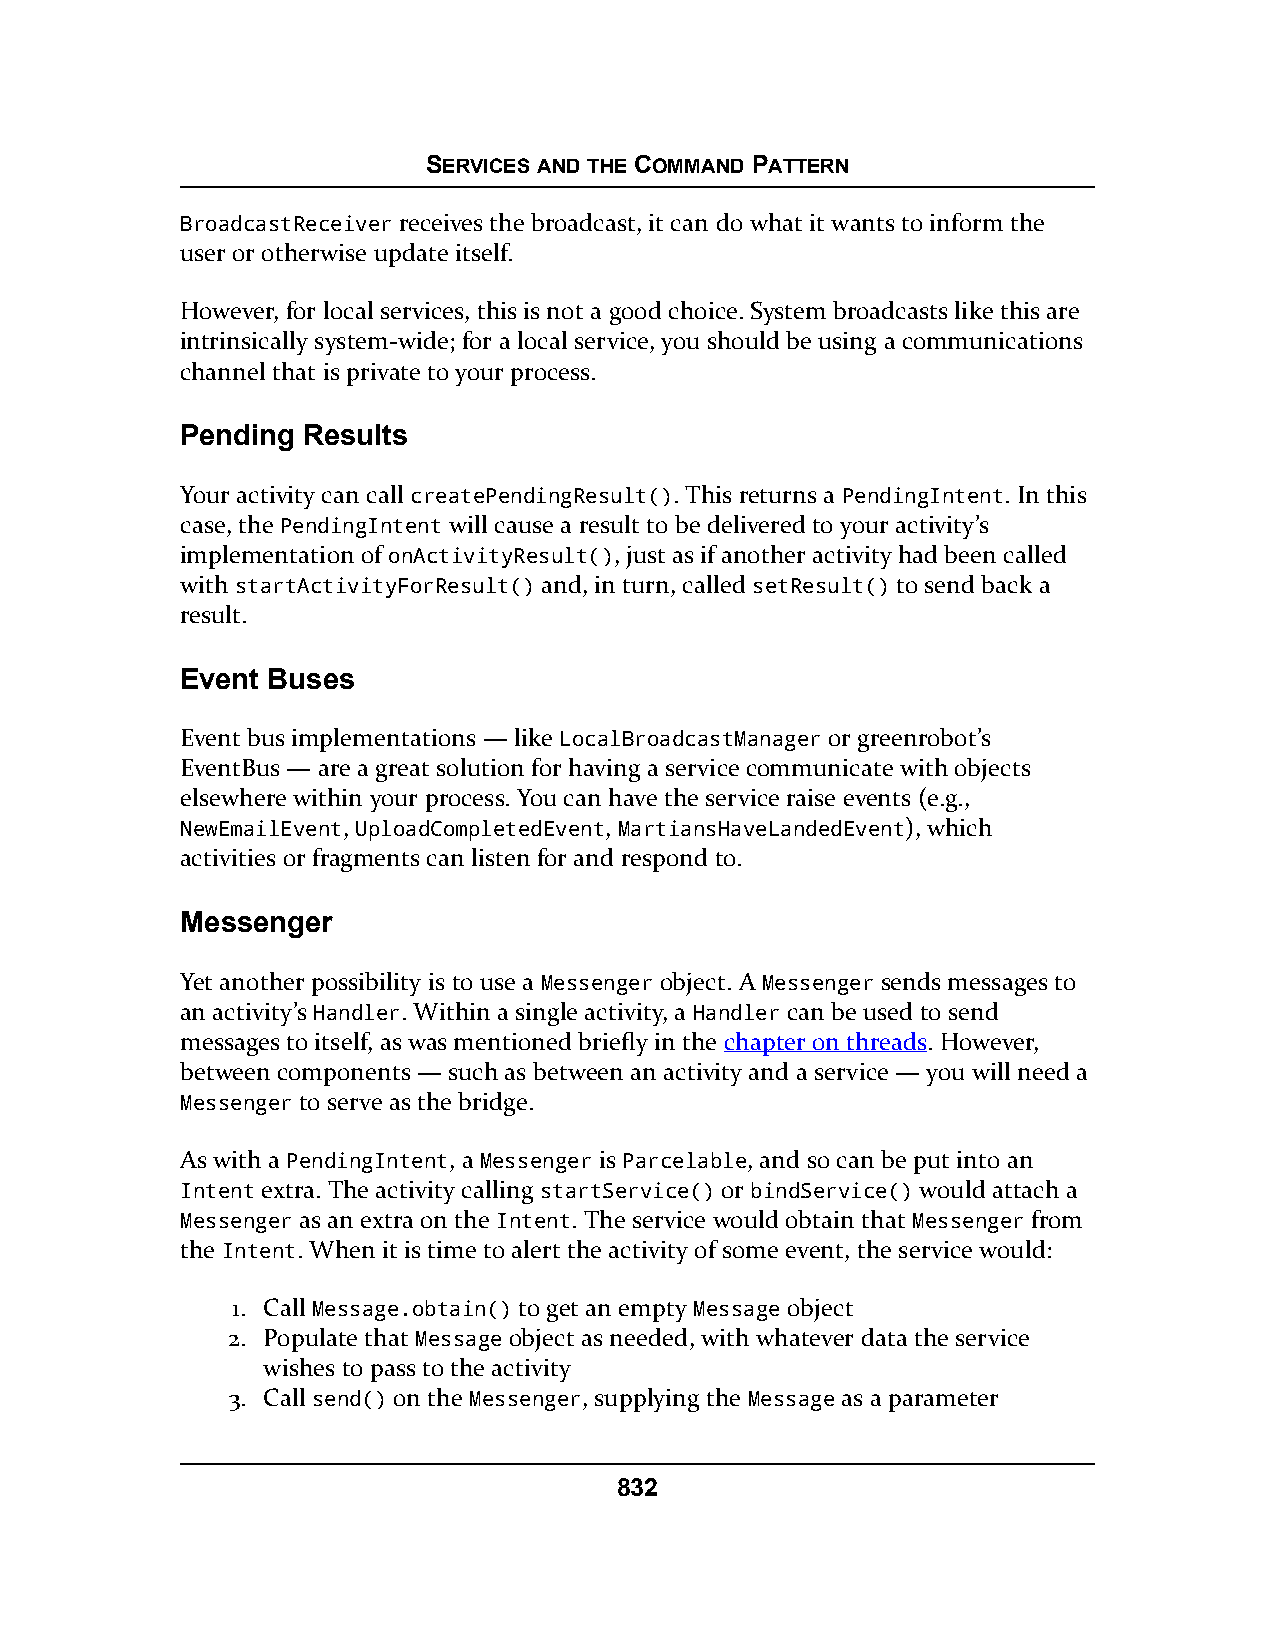
SERVICES AND THE COMMAND PATTERN
 BroadcastReceiver receives the broadcast, it can do what it wants to inform the
 user or otherwise update itself.
 However, for local services, this is not a good choice. System broadcasts like this are
 intrinsically system-wide; for a local service, you should be using a communications
 channel that is private to your process.
 Pending Results
 Your activity can call createPendingResult(). This returns a PendingIntent. In this
 case, the PendingIntent will cause a result to be delivered to your activity’s
 implementation of onActivityResult(), just as if another activity had been called
 with startActivityForResult() and, in turn, called setResult() to send back a
 result.
 Event Buses
 Event bus implementations — like LocalBroadcastManager or greenrobot’s
 EventBus — are a great solution for having a service communicate with objects
 elsewhere within your process. You can have the service raise events (e.g.,
 NewEmailEvent, UploadCompletedEvent, MartiansHaveLandedEvent), which
 activities or fragments can listen for and respond to.
 Messenger
 Yet another possibility is to use a Messenger object. A Messenger sends messages to
 an activity’s Handler. Within a single activity, a Handler can be used to send
 messages to itself, as was mentioned briefly in the chapter on threads. However,
 between components — such as between an activity and a service — you will need a
 Messenger to serve as the bridge.
 As with a PendingIntent, a Messenger is Parcelable, and so can be put into an
 Intent extra. The activity calling startService() or bindService() would attach a
 Messenger as an extra on the Intent. The service would obtain that Messenger from
 the Intent. When it is time to alert the activity of some event, the service would:
 1. Call Message.obtain() to get an empty Message object
 2. Populate that Message object as needed, with whatever data the service
 wishes to pass to the activity
 3. Call send() on the Messenger, supplying the Message as a parameter
 832